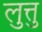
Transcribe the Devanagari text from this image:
लुत्तु